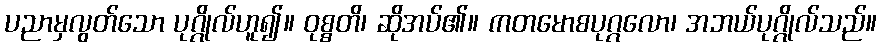
ပညာမှလွတ်သော ပုဂ္ဂိုလ်ဟူ၍။ ဝုစ္စတိ၊ ဆိုအပ်၏။ ကတမောစပုဂ္ဂလော၊ အဘယ်ပုဂ္ဂိုလ်သည်။